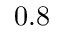
0 . 8